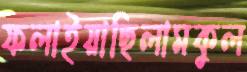
ফলাইয়াছিলামকুল